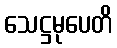
သေဋ္ဌမုပေတိ